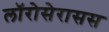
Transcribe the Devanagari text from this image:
लॉरोसेरासस